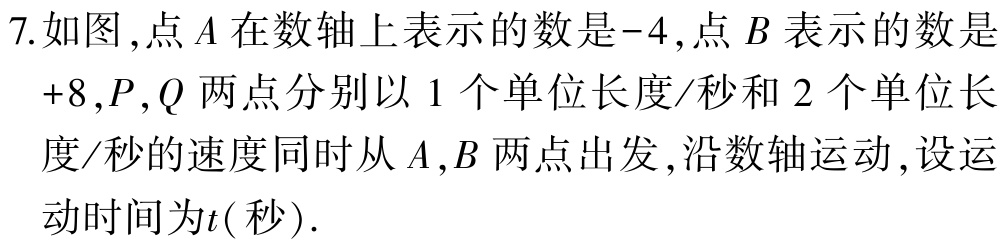
7.如图，点\(A\)在数轴上表示的数是\(-4\)，点\(B\)表示的数是\(+8\)，\(P,Q\)两点分别以\(1\)个单位长度/秒和\(2\)个单位长度/秒的速度同时从\(A,B\)两点出发，沿数轴运动，设运动时间为\(t(\)秒\()\).